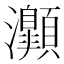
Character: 𤅡